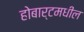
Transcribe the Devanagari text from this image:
होबार्टमधील